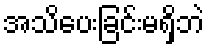
အသိပေးခြင်းမရှိဘဲ